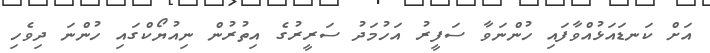
އަށް ކަނޑައަޅުއްވާފައި ހުންނަވާ ސަފީރު އަހުމަދު ސަރީރުގެ އިތުރުން ނިއުޔޯކްގައި ހުންނަ ދިވެހި